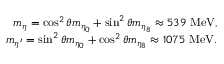
\begin{array} { r l r } & { } & { m _ { \eta } = \cos ^ { 2 } \theta m _ { \eta _ { 0 } } + \sin ^ { 2 } \theta m _ { \eta _ { 8 } } \approx 5 3 9 \ \mathrm { { M e V } } , } \\ & { } & { m _ { \eta ^ { \prime } } = \sin ^ { 2 } \theta m _ { \eta _ { 0 } } + \cos ^ { 2 } \theta m _ { \eta _ { 8 } } \approx 1 0 7 5 \ { \mathrm { M e V } } . } \end{array}